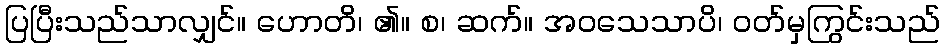
ပြပြီးသည်သာလျှင်။ ဟောတိ၊ ၏။ စ၊ ဆက်။ အဝသေသာပိ၊ ဝတ်မှကြွင်းသည်